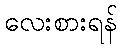
လေးစားရန်